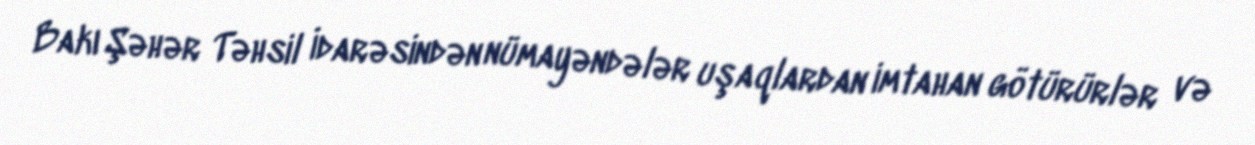
Bakı Şəhər Təhsil İdarəsindən nümayəndələr uşaqlardan imtahan götürürlər və